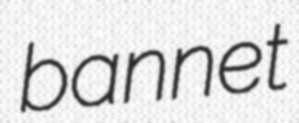
bannet